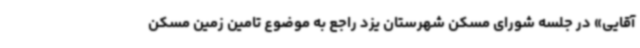
آقایی» در جلسه شورای مسکن شهرستان یزد راجع به موضوع تامین زمین مسکن